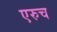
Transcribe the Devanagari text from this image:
एरुच